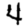
Digit: 4